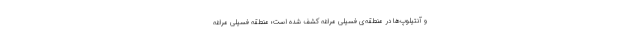
و آنتیلوپ‌ها در منطقه‌ی فسیلی مراغه کشف شده است؛ منطقه فسیلی مراغه